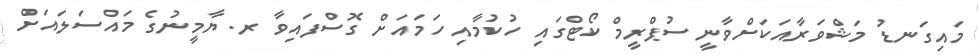
މައިގަނޑު މަޝްވަރާއަކަށްވާނީ ސުޕްރީމް ކޯޓްގައި ހުކުމާއި ހަމައަށް ގޮސްފައިވާ ރ. ޔާމީނުގެ މައްސަލައަށް